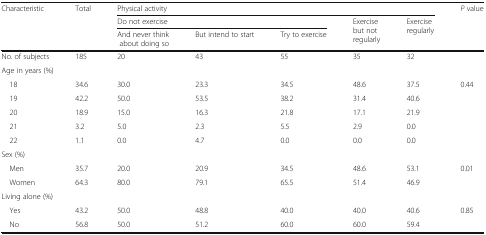
| <ROWSPAN=3> Characteristic | <ROWSPAN=3> Total | <COLSPAN=5> Physical activity | <ROWSPAN=3> P value |
 | <COLSPAN=3> Do not exercise | <ROWSPAN=2> Exercise but not regularly | <ROWSPAN=2> Exercise regularly |
 | And never think about doing so | But intend to start | Try to exercise |
 | --- | --- | --- | --- | --- | --- | --- | --- |
 | No. of subjects | 185 | 20 | 43 | 55 | 35 | 32 |  |
 | <COLSPAN=8> Age in years (%) |
 | 18 | 34.6 | 30.0 | 23.3 | 34.5 | 48.6 | 37.5 | <ROWSPAN=5> 0.44 |
 | 19 | 42.2 | 50.0 | 53.5 | 38.2 | 31.4 | 40.6 |
 | 20 | 18.9 | 15.0 | 16.3 | 21.8 | 17.1 | 21.9 |
 | 21 | 3.2 | 5.0 | 2.3 | 5.5 | 2.9 | 0.0 |
 | 22 | 1.1 | 0.0 | 4.7 | 0.0 | 0.0 | 0.0 |
 | <COLSPAN=8> Sex (%) |
 | Men | 35.7 | 20.0 | 20.9 | 34.5 | 48.6 | 53.1 | <ROWSPAN=2> 0.01 |
 | Women | 64.3 | 80.0 | 79.1 | 65.5 | 51.4 | 46.9 |
 | <COLSPAN=8> Living alone (%) |
 | Yes | 43.2 | 50.0 | 48.8 | 40.0 | 40.0 | 40.6 | <ROWSPAN=2> 0.85 |
 | No | 56.8 | 50.0 | 51.2 | 60.0 | 60.0 | 59.4 |